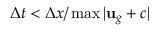
\Delta t < \Delta x / \operatorname* { m a x } { | \mathbf { u } _ { g } + c | }